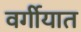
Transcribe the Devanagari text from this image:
वर्गीयात